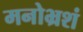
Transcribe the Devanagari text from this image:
मनोभ्रशं